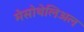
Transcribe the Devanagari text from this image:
मेसोथेलिअल